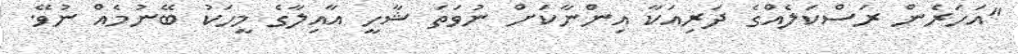
"އަހަރެން ރަސްކަލެއްގެ ދަރިއަކާ އިންނާކަށް ނުވަތަ ޝާހީ އާއިލާގެ މީހަކު ބޭނުމެއް ނުވޭ.